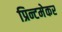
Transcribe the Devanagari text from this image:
प्रिन्टमेकर